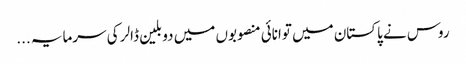
روس نے پاکستان میں توانائی منصوبوں میں دو بلین ڈالر کی سرمایہ ...